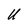
Character: U